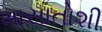
માસાતોશી